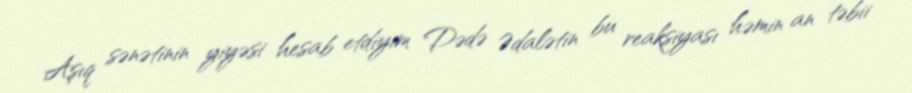
Aşıq sənətinin yiyəsi hesab etdiyim Dədə Ədalətin bu reaksiyası həmin an təbii